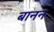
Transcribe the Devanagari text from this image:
बानन